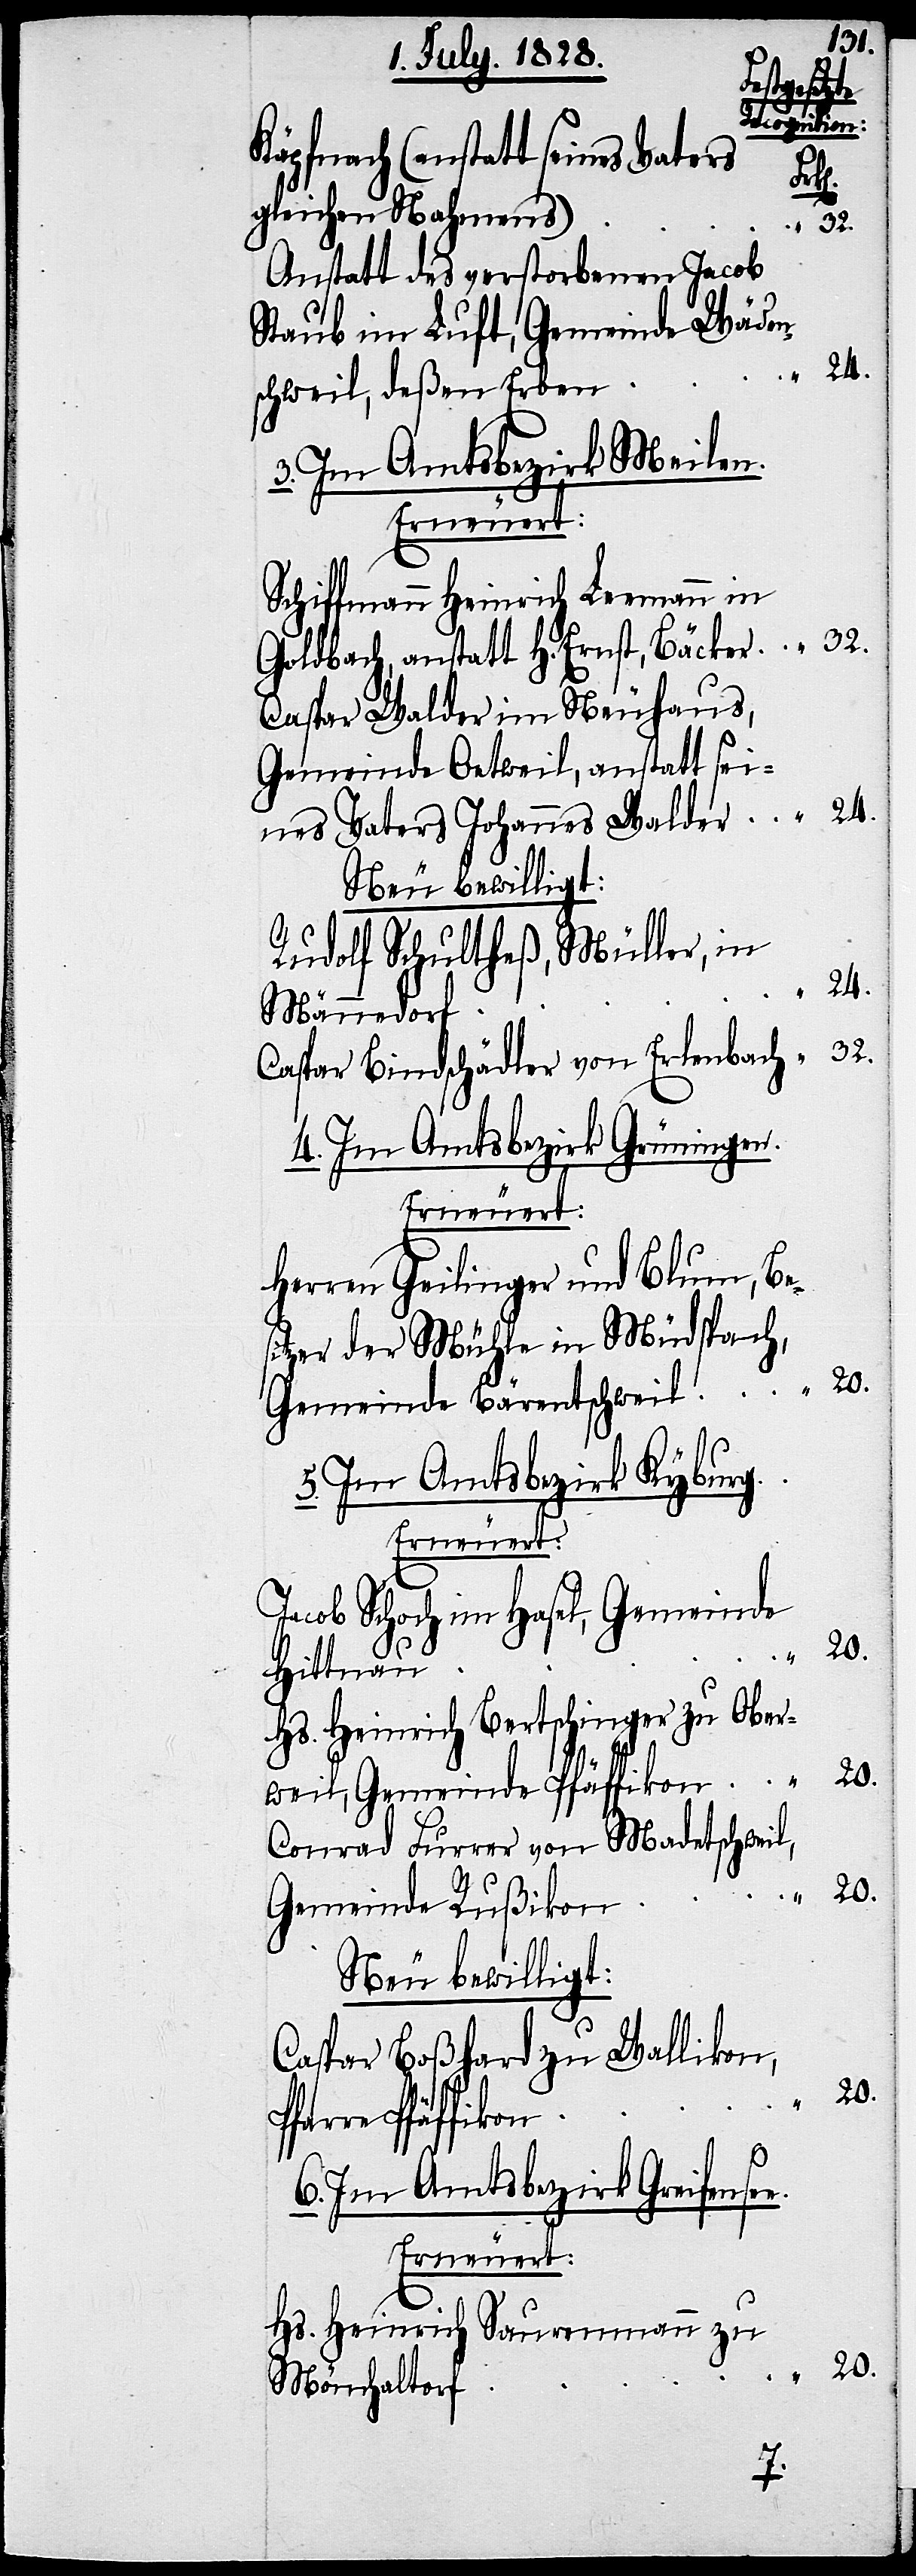
Ernst,
Käpfnach (anstatt seines Vaters
gleichen Nahmens)
32.
Anstatt des verstorbenen Jacob
Staub im Luft, Gemeinde Wäden¬
schweil, deßen Erben
3. Im Amtsbezirk Meilen
Erneuert:
Schiffmann Heinrich Leemann in
Caspar Walder im Neuhaus,
Gemeinde Oetweil, anstatt sei¬
nes Vaters Johannes Walder
Neu bewilligt:
Rudolf Schultheß, Müller, in
Männedorf
Caspar Bindschädler von Erlenbach
4. Im Amtsbezirk Grüningen.
Erneuert:
Herren Geilinger und Blum, Be¬
sitzer der Mühle in Müdspach,
Gemeinde Bärentschweil
Im Amtsbezirk Kyburg.
e.
Erneuert:
Jacob Schoch im Hasel, Gemeinde
20.
Hittnau
Hs. Heinrich Bertschinger zu Ober¬
weil, Gemeinde Pfäffikon
Conrad Furrer von Madetschweil,
Gemeinde Rußikon
Neu bewilligt:
Caspar Boßhard zu Wallikon,
Pfarre Pfäffikon
Im Amtsbezirk Greifense¬
Hs. Heinrich Sauermann zu
Mönchaltorf
32.